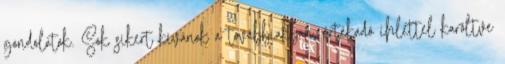
gondolatok. Sok sikert kívánok a továbbiakban, értékadó ihlettel karöltve